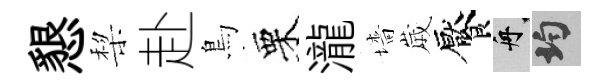
懇棃赴鳥栗瀧墻𡻕饜舟均